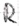
Text: R